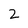
Character: 2